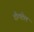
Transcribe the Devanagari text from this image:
दी।पटेल